Rangoon Lunatic Asylum 1878-1892 - 1878-1892
Year: 1878
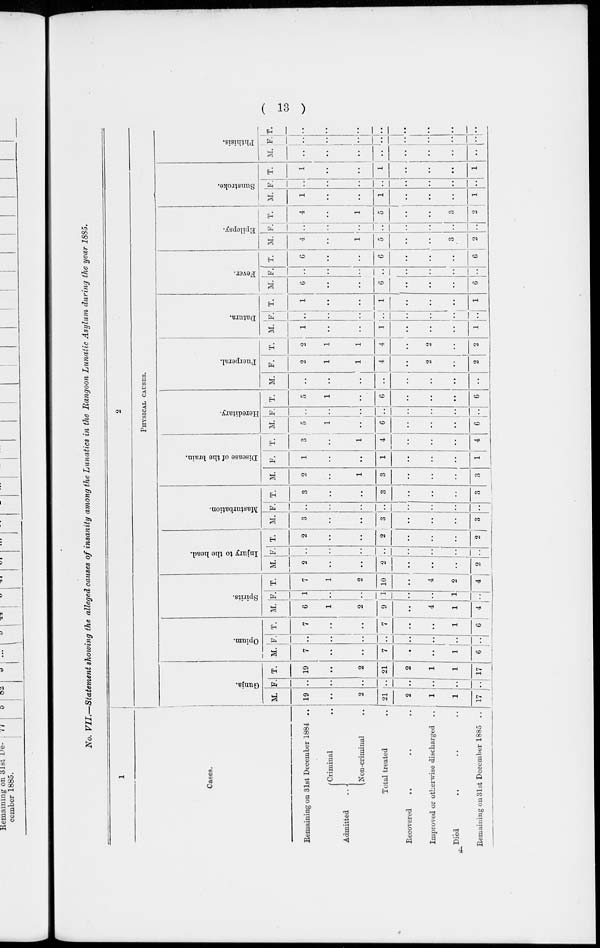
( 13 )
No. VII.—Statement showing the alleged causes of insanity among the Lunatics in the Rangoon Lunatic Asylum during the year 1885.
1
Cases.
Remaining on 31st December 1884 ..
Admitted ..
Criminal
..
Non-criminal ..
Total treated ..
Recovered
.. .. ..
Improved or otherwise discharged ..
Died .. .. ..
Remaining on 31st December 1885 ..
2
PHYSICAL CAUSES.
Gunja.
M.
19
..
2
21
2
1
1
17
F.
..
..
..
..
..
..
..
..
T.
19
..
2
21
2
1
1
17
Opium.
M.
7
..
..
7
..
..
1
6
F.
..
..
..
..
..
..
..
..
T.
7
..
..
7
..
..
1
6
Spirits.
M.
6
1
2
9
..
4
1
4
F.
1
..
..
1
..
..
1
..
T.
7
1
2
10
..
4
2
4
Injury to the head.
M.
2
..
..
2
..
..
..
2
F.
..
..
..
..
..
..
..
..
T.
2
..
..
2
..
..
..
2
Masturbation.
M.
3
..
..
3
..
..
..
3
F.
..
..
..
..
..
..
..
..
T.
3
..
..
3
..
..
..
3
Disease of the brain.
M.
2
..
1
3
..
..
..
3
F.
1
..
..
1
..
..
..
1
T.
3
..
1
4
..
..
..
4
Hereditary.
M.
5
1
..
6
..
..
..
6
F.
..
..
..
..
..
..
..
..
T.
5
1
6
..
..
..
6
Puerperal.
M.
..
..
..
..
..
..
..
..
F.
2
1
1
4
..
2
..
2
T.
2
1
1
4
..
2
..
2
Datura.
M.
1
..
..
1
..
..
..
1
F.
..
..
..
..
..
..
..
..
T.
1
..
..
1
..
..
..
1
Fever.
M.
6
..
..
6
..
..
..
6
F.
..
..
..
..
..
..
..
..
T.
6
..
..
6
..
..
..
6
Epilepsy.
M.
4
..
1
5
..
..
3
2
F.
..
..
..
..
..
..
..
..
T.
4
..
1
5
..
..
3
2
Sunstroke.
M.
1
..
..
1
..
..
..
1
F.
..
..
..
..
..
..
..
..
T.
1
..
1
..
..
..
1
Phthisis.
M.
..
..
..
..
..
..
..
..
F.
..
..
..
..
..
..
..
..
T.
..
..
..
..
..
..
..
..
4